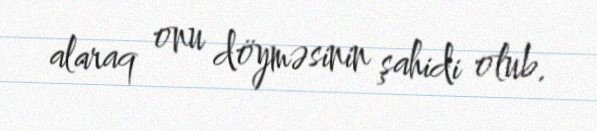
alaraq onu döyməsinin şahidi olub.